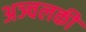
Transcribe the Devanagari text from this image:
अञ्चलकी